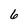
Character: 6